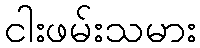
ငါးဖမ်းသမား